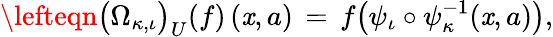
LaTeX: \lefteqn{\big(\Omega_{\kappa,\iota}\big)_{U}(f)\, (\mathit{x},a)\, =\, f\big(\psi_{\iota}\circ\psi_{\kappa}^{-1}(\mathit{x},a)\big),}